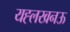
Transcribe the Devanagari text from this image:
यह्लखनऊ